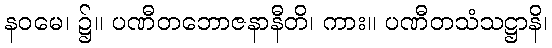
နဝမေ၊ ၌။ ပဏီတဘောဇနာနီတိ၊ ကား။ ပဏီတသံသဋ္ဌာနိ၊